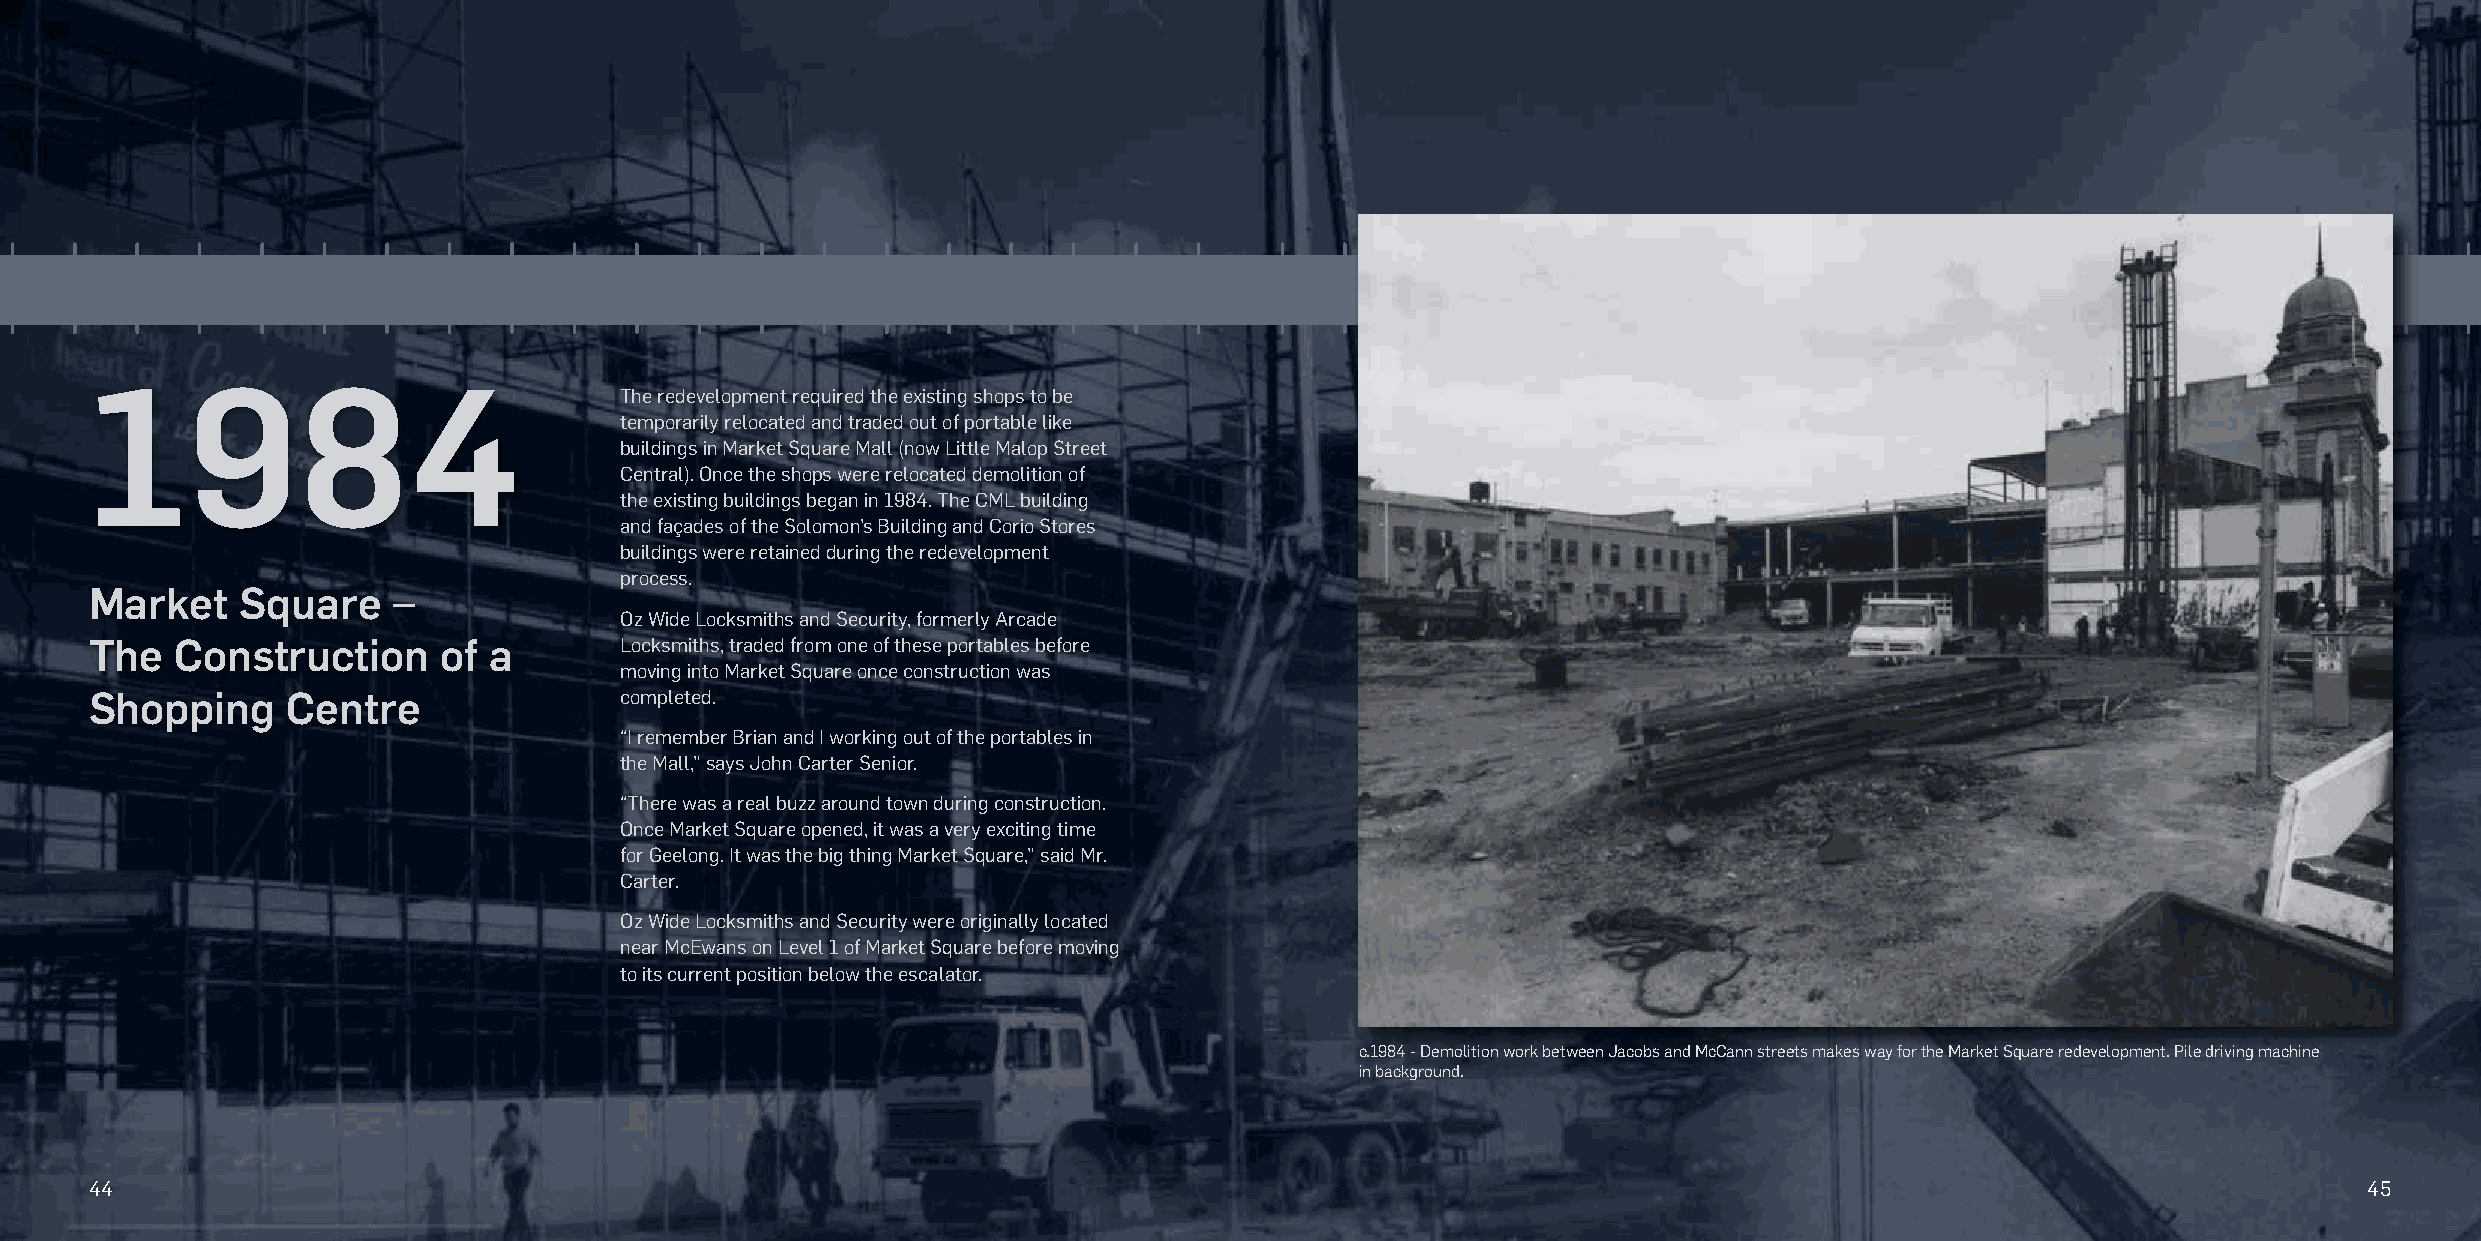
1984
 The redevelopment required the existing shops to be
 temporarily relocated and traded out of portable like
 buildings in Market Square Mall (now Little Malop Street
 Central). Once the shops were relocated demolition of
 the existing buildings began in 1984. The CML building
 and façades of the Solomon’s Building and Corio Stores
 buildings were retained during the redevelopment
 process.
 Market    Square    –
 Oz Wide Locksmiths and Security, formerly Arcade
 The   Construction     of a        Locksmiths, traded from one of these portables before
 moving into Market Square once construction was
 Shopping     Centre                completed.
 “I remember Brian and I working out of the portables in
 the Mall,” says John Carter Senior.
 “There was a real buzz around town during construction.
 Once Market Square opened, it was a very exciting time
 for Geelong. It was the big thing Market Square,” said Mr.
 Carter.
 Oz Wide Locksmiths and Security were originally located
 near McEwans on Level 1 of Market Square before moving
 to its current position below the escalator.
 c.1984 - Demolition work between Jacobs and McCann streets makes way for the Market Square redevelopment. Pile driving machine
 in background.
 44                                                                                                                                                     45